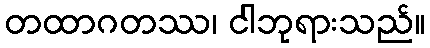
တထာဂတဿ၊ ငါဘုရားသည်။